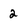
Character: 2